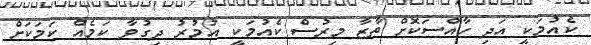
ކެއުމަކީ އަދި ހާއްސަކޮށް ތާޒާ މިރުސް ކެއުމަކީ އުމުރު ދިގުވާ ކަމެއް ކަމަކަށް